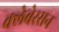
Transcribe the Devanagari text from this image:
क्लेबेरसन